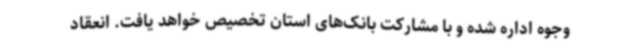
وجوه اداره شده و با مشارکت بانک‌های استان تخصیص خواهد یافت. انعقاد